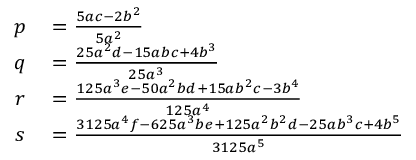
\begin{array} { r l } { p } & { { } = { \frac { 5 a c - 2 b ^ { 2 } } { 5 a ^ { 2 } } } } \\ { q } & { { } = { \frac { 2 5 a ^ { 2 } d - 1 5 a b c + 4 b ^ { 3 } } { 2 5 a ^ { 3 } } } } \\ { r } & { { } = { \frac { 1 2 5 a ^ { 3 } e - 5 0 a ^ { 2 } b d + 1 5 a b ^ { 2 } c - 3 b ^ { 4 } } { 1 2 5 a ^ { 4 } } } } \\ { s } & { { } = { \frac { 3 1 2 5 a ^ { 4 } f - 6 2 5 a ^ { 3 } b e + 1 2 5 a ^ { 2 } b ^ { 2 } d - 2 5 a b ^ { 3 } c + 4 b ^ { 5 } } { 3 1 2 5 a ^ { 5 } } } } \end{array}